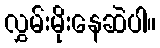
လွှမ်းမိုးနေဆဲပါ။